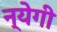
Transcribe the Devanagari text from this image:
न्येगी